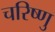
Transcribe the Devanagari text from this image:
चरिष्णु